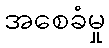
အစေခံမှု